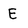
Character: E